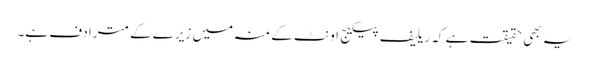
یہ بھی حقیقت ہے کہ ریلیف پیکیج اونٹ کے منہ میں زیرے کے مترادف ہے۔